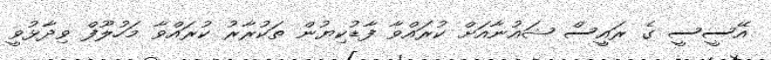
އޭސީސީ ގެ ރައީސް ޝައުނާއަށް ކުރައްވާ ފާޑުކިޔުން ތަކުރާރު ކުރައްވާ މަހުލޫފް ވިދާޅުވީ